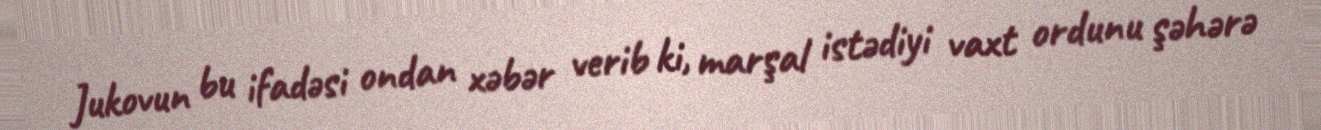
Jukovun bu ifadəsi ondan xəbər verib ki, marşal istədiyi vaxt ordunu şəhərə